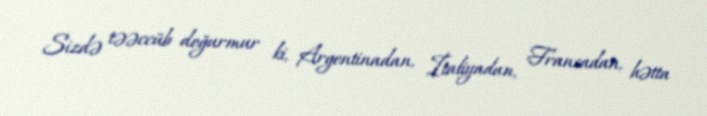
Sizdə təəccüb doğurmur ki, Argentinadan, İtaliyadan, Fransadan, hətta